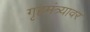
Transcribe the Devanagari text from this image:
गृहमंत्र्यावर